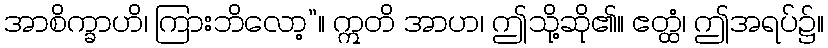
အာစိက္ခာဟိ၊ ကြားဘိလော့”။ ဣတိ အာဟ၊ ဤသို့ဆို၏။ ဧတ္ထံ၊ ဤအရပ်၌။